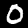
Label: 0